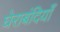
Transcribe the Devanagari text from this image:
घेराबंदियाँ